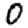
Digit: 0